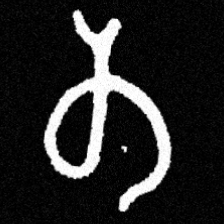
Pyu character \u2014 Myanmar letter: တ (romanized: ta)